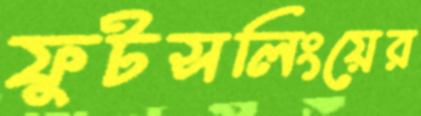
ফুটসলিংয়ের